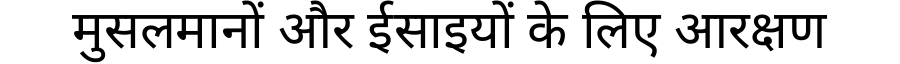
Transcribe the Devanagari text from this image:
मुसलमानों और ईसाइयों के लिए आरक्षण